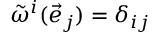
{ \tilde { \omega } } ^ { i } ( { \vec { e } } _ { j } ) = \delta _ { i j }